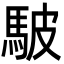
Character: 駊